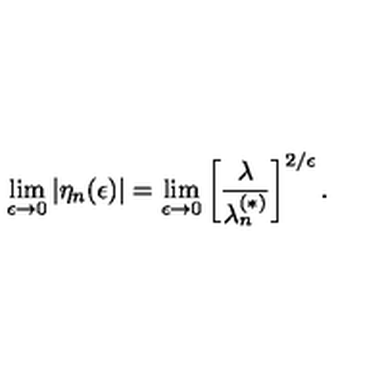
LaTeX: \lim _ { \epsilon \rightarrow 0 } \left| \eta _ { n } ( \epsilon ) \right| = \lim _ { \epsilon \rightarrow 0 } \left[ \frac { \lambda } { \lambda _ { n } ^ { ( \ast ) } } \right] ^ { 2 / \epsilon } .